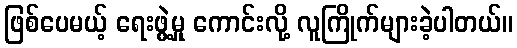
ဖြစ်ပေမယ့် ရေးဖွဲ့မှု ကောင်းလို့ လူကြိုက်များခဲ့ပါတယ်။